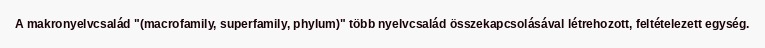
A makronyelvcsalád "(macrofamily, superfamily, phylum)" több nyelvcsalád összekapcsolásával létrehozott, feltételezett egység.